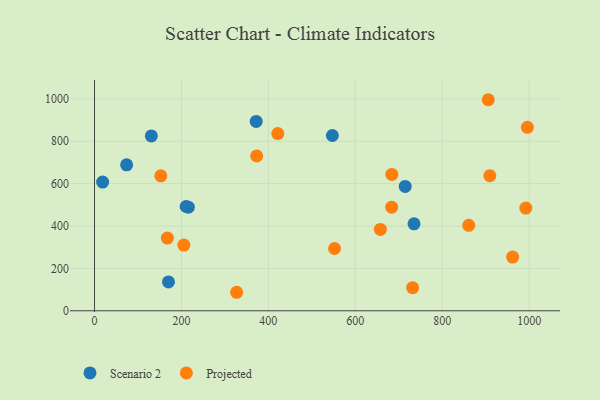
{"axis": {"x": "Price", "y": "Fuel Efficiency"}, "legend": ["Projected", "Scenario 2"], "data": [{"x": "130.8", "y": 825.3, "type": "Scenario 2"}, {"x": "73.9", "y": 688.8, "type": "Scenario 2"}, {"x": "547.3", "y": 827.1, "type": "Scenario 2"}, {"x": "170.2", "y": 136.1, "type": "Scenario 2"}, {"x": "18.7", "y": 607.2, "type": "Scenario 2"}, {"x": "372.0", "y": 893.7, "type": "Scenario 2"}, {"x": "215.9", "y": 488.8, "type": "Scenario 2"}, {"x": "735.1", "y": 410.1, "type": "Scenario 2"}, {"x": "714.8", "y": 586.8, "type": "Scenario 2"}, {"x": "210.8", "y": 492.1, "type": "Scenario 2"}, {"x": "905.9", "y": 996.0, "type": "Projected"}, {"x": "909.5", "y": 637.8, "type": "Projected"}, {"x": "152.6", "y": 636.8, "type": "Projected"}, {"x": "373.1", "y": 730.6, "type": "Projected"}, {"x": "995.9", "y": 865.8, "type": "Projected"}, {"x": "657.7", "y": 384.1, "type": "Projected"}, {"x": "205.6", "y": 309.9, "type": "Projected"}, {"x": "861.0", "y": 403.1, "type": "Projected"}, {"x": "684.1", "y": 643.4, "type": "Projected"}, {"x": "167.7", "y": 343.2, "type": "Projected"}, {"x": "327.1", "y": 87.3, "type": "Projected"}, {"x": "683.7", "y": 488.7, "type": "Projected"}, {"x": "731.9", "y": 108.8, "type": "Projected"}, {"x": "421.7", "y": 836.4, "type": "Projected"}, {"x": "552.3", "y": 293.9, "type": "Projected"}, {"x": "962.0", "y": 253.2, "type": "Projected"}, {"x": "992.3", "y": 484.5, "type": "Projected"}]}